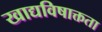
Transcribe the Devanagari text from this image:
खाद्यविषाक्तता